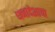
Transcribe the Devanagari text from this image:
धनादेशाचा